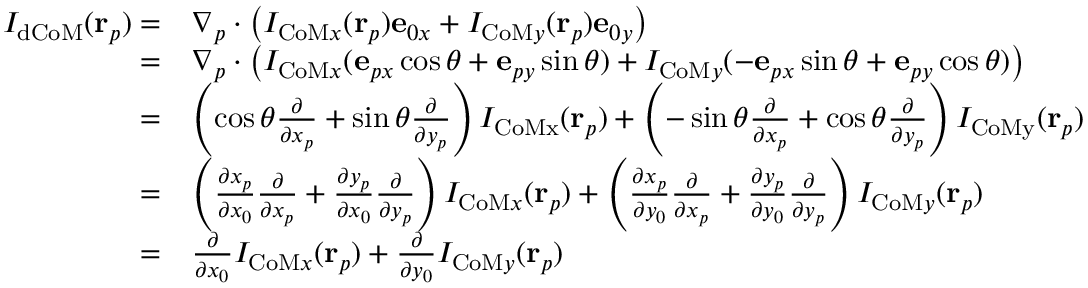
\begin{array} { r l } { I _ { \mathrm { d C o M } } ( \mathbf { r } _ { p } ) = } & { \nabla _ { p } \cdot \left( I _ { \mathrm { C o M } x } ( \mathbf { r } _ { p } ) \mathbf { e } _ { 0 x } + I _ { \mathrm { C o M } y } ( \mathbf { r } _ { p } ) \mathbf { e } _ { 0 y } \right) } \\ { = } & { \nabla _ { p } \cdot \left( I _ { \mathrm { C o M } x } ( \mathbf { e } _ { p x } \cos \theta + \mathbf { e } _ { p y } \sin \theta ) + I _ { \mathrm { C o M } y } ( - \mathbf { e } _ { p x } \sin \theta + \mathbf { e } _ { p y } \cos \theta ) \right) } \\ { = } & { \left( \cos \theta \frac { \partial } { \partial x _ { p } } + \sin \theta \frac { \partial } { \partial y _ { p } } \right) I _ { \mathrm { C o M x } } ( \mathbf { r } _ { p } ) + \left( - \sin \theta \frac { \partial } { \partial x _ { p } } + \cos \theta \frac { \partial } { \partial y _ { p } } \right) I _ { \mathrm { C o M y } } ( \mathbf { r } _ { p } ) } \\ { = } & { \left( \frac { \partial x _ { p } } { \partial x _ { 0 } } \frac { \partial } { \partial x _ { p } } + \frac { \partial y _ { p } } { \partial x _ { 0 } } \frac { \partial } { \partial y _ { p } } \right) I _ { \mathrm { C o M } x } ( \mathbf { r } _ { p } ) + \left( \frac { \partial x _ { p } } { \partial y _ { 0 } } \frac { \partial } { \partial x _ { p } } + \frac { \partial y _ { p } } { \partial y _ { 0 } } \frac { \partial } { \partial y _ { p } } \right) I _ { \mathrm { C o M } y } ( \mathbf { r } _ { p } ) } \\ { = } & { \frac { \partial } { \partial x _ { 0 } } I _ { \mathrm { C o M } x } ( \mathbf { r } _ { p } ) + \frac { \partial } { \partial y _ { 0 } } I _ { \mathrm { C o M } y } ( \mathbf { r } _ { p } ) } \end{array}